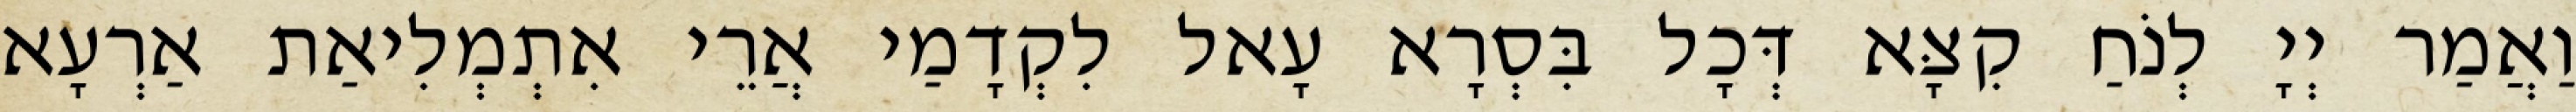
וַאֲמַר יְיָ לְנֹחַ קִצָּא דְּכָל בִּסְרָא עָאל לִקְדָמַי אֲרֵי אִתְמְלִיאַת אַרְעָא